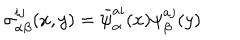
\sigma _ { \alpha \beta } ^ { i j } ( x , y ) = \bar { \psi } _ { \alpha } ^ { a i } ( x ) \psi _ { \beta } ^ { a j } ( y )